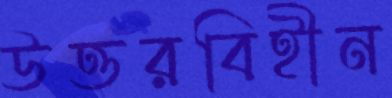
উত্তরবিহীন